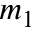
m _ { 1 }